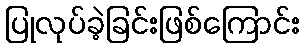
ပြုလုပ်ခဲ့ခြင်းဖြစ်ကြောင်း